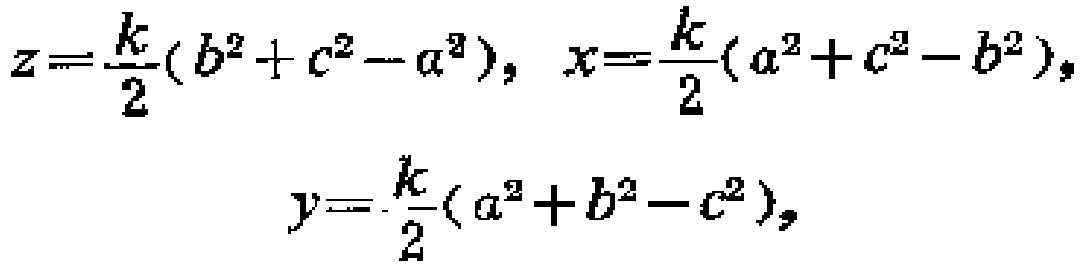
\[
\begin{align*}
z&=\frac{k}{2}(b^{2}+c^{2}-a^{2}),\ x=\frac{k}{2}(a^{2}+c^{2}-b^{2}),\\
y&=\frac{k}{2}(a^{2}+b^{2}-c^{2}),
\end{align*}
\]